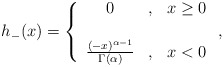
\begin{align*}h_{-}(x)=\left\{\begin{array}[c]{ccc}0 & , & x\geq0\\& & \\\frac{(-x)^{\alpha-1}}{\Gamma(\alpha)} & , & x<0\end{array}\right. ,\end{align*}